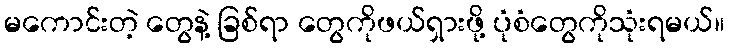
မကောင်းတဲ့ တွေနဲ့ ခြစ်ရာ တွေကိုဖယ်ရှားဖို့ ပုံစံတွေကိုသုံးရမယ်။